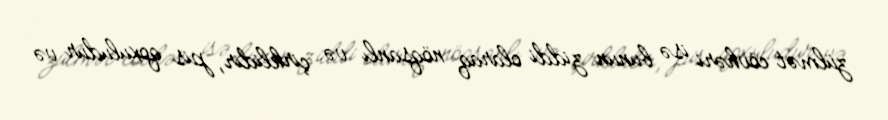
zülmət cövhəri isə bunun ziddi olaraq nöqsanlı və çirklidir, pis qoxuludur və